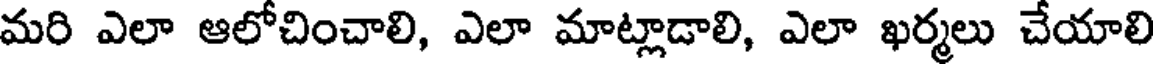
మరి ఎలా ఆలోచించాలి, ఎలా మాట్లాడాలి, ఎలా ఖర్మలు చేయాలి